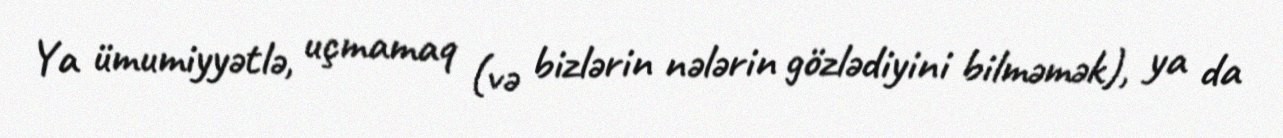
Ya ümumiyyətlə, uçmamaq (və bizlərin nələrin gözlədiyini bilməmək), ya da